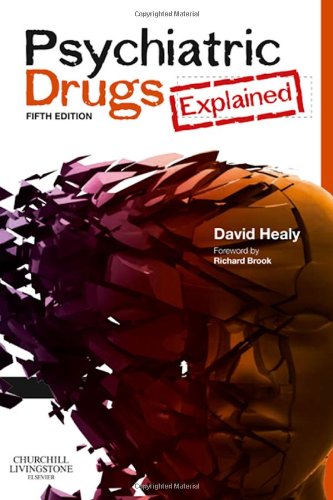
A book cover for Psychiatric Drugs Explained, 5e; David Healy MD  FRCPsych; Medical Books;